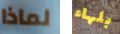
لماذا بلهاء